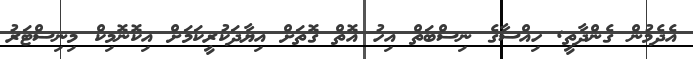
އެދެމުން ގެންދާތީ